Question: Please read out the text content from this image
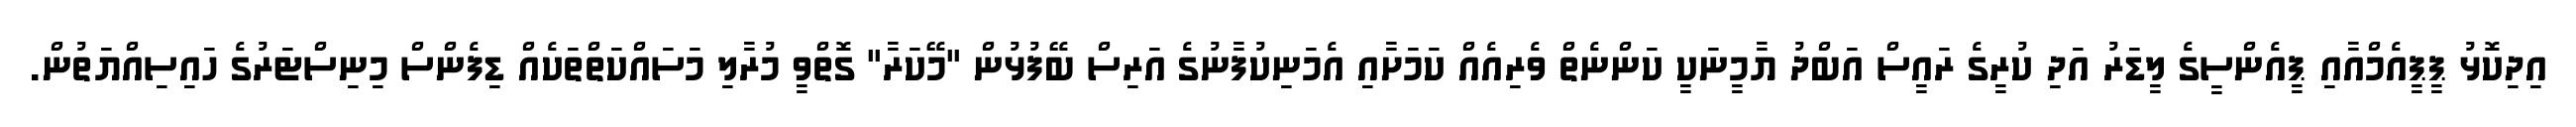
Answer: އިދިކޮޅު ޕީޕީއެމްއާއި ޕީއެންސީގެ ލީޑަރު އަދި ކުރީގެ ރައީސް އަބްދު ޔާމީނަކީ ކަންނެތް ވެރިއެއް ކަމަށާއި އެމަނިކުފާނުގެ އަރިސް ބޭފުޅުން "މޭކަރާ" ގޮތްވީ މުރާލި މަސައްކަތްތަކެއް ޑިފެންސް މިނިސްޓަރުގެ ހައިސިއްޔަތުން.